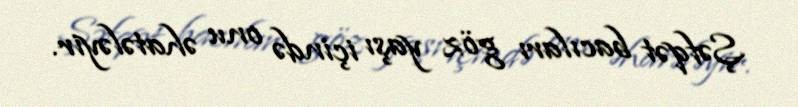
Şəfqət bacıları göz yaşı içində onu əhatələyir.